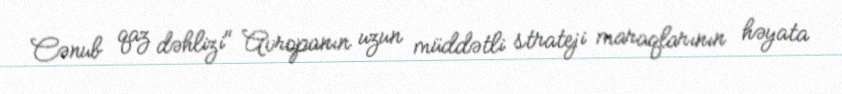
Cənub qaz dəhlizi" Avropanın uzun müddətli strateji maraqlarının həyata